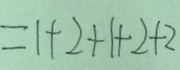
= 1 + 2 + 1 + 2 + 2